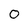
Character: 0